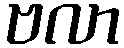
ဗလာ